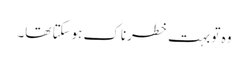
وہ تو بہت خطرناک ہوسکتا تھا۔